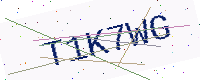
Text: T1K7WG